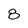
Character: 8